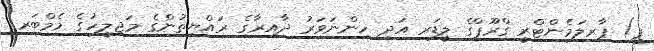
ޕީ) ޕާރލަމެންޓްރީ ގްރޫޕްގެ ލީޑަރ އަދި ހިންނަވަރު ދާއިރާގެ ރައްޔިތުންގެ މަޖިލީހުގެ މެމްބަރ